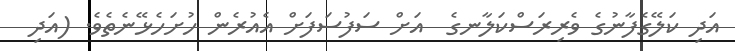
އަދި ކަލޭގެފާނުގެ ވެރިރަސްކަލާނގެ  އަށް ސަފުސަފަށް އެއުރެން ހުށަހެޅޭނެތެވެ. (އަދި